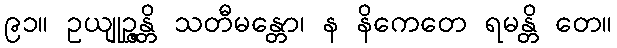
၉၁။ ဥယျုဉ္ဇန္တိ သတီမန္တော၊ န နိကေတေ ရမန္တိ တေ။